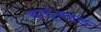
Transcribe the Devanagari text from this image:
धातूंबद्दल